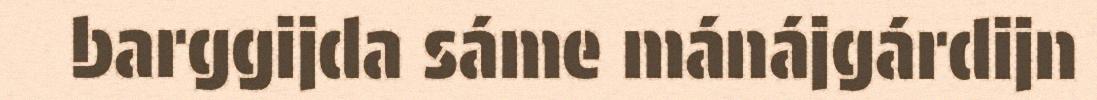
barggijda sáme mánájgárdijn